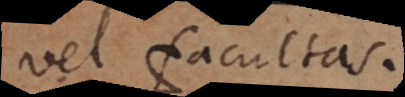
vel facultas.